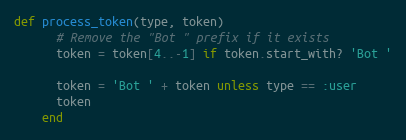
Language: Ruby
def process_token(type, token)
      # Remove the "Bot " prefix if it exists
      token = token[4..-1] if token.start_with? 'Bot '

      token = 'Bot ' + token unless type == :user
      token
    end